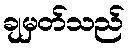
ချမှတ်သည်